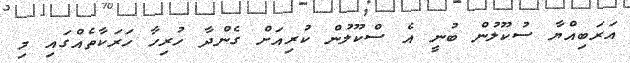
އަރަބިއްޔާ ސުކޫލުން ބުނީ އެ ސްކޫލުން ކުރިއަށް ގެންދާ ހުރިހާ ހަރަކާތެއްގައި މި